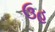
ઉહ